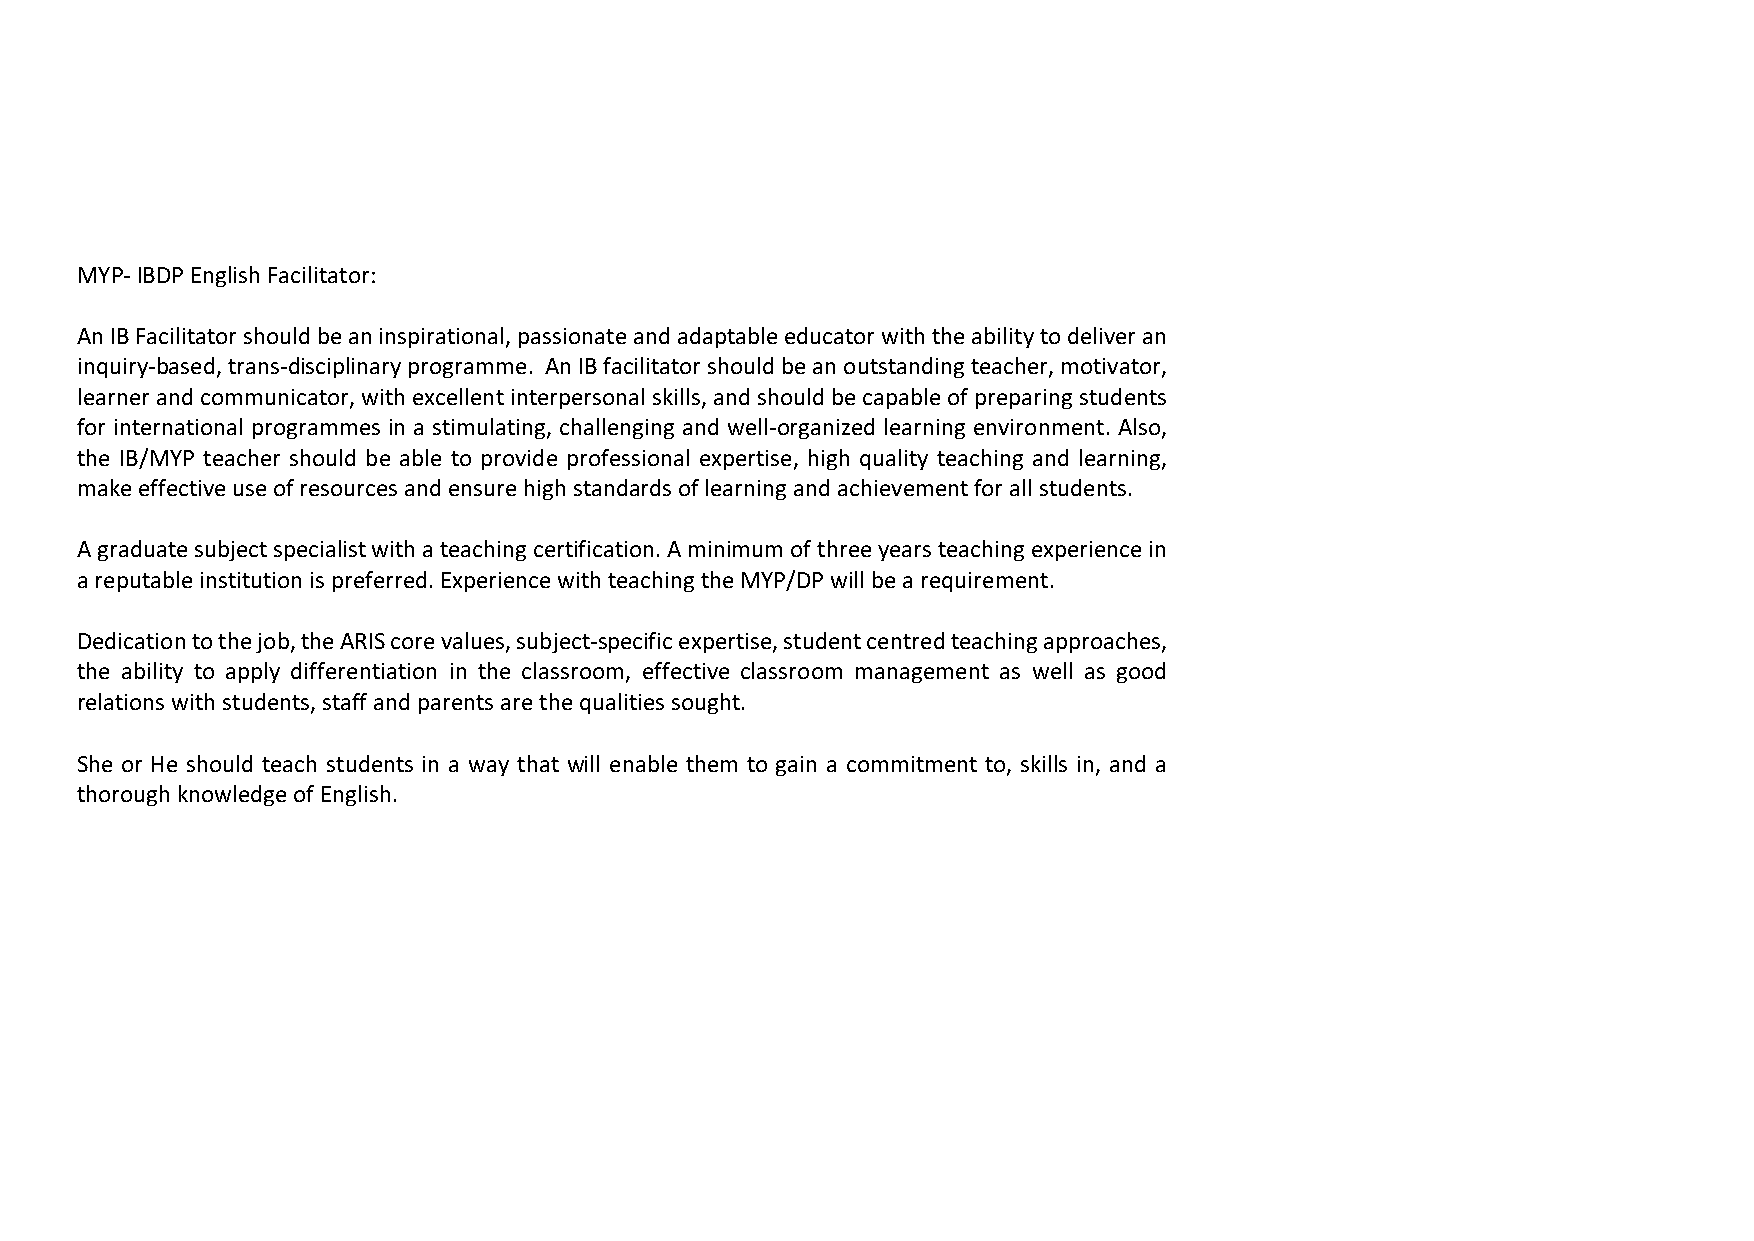
MYP- IBDP English Facilitator:
 An IB Facilitator should be an inspirational, passionate and adaptable educator with the ability to deliver an
 inquiry-based, trans-disciplinary programme. An IB facilitator should be an outstanding teacher, motivator,
 learner and communicator, with excellent interpersonal skills, and should be capable of preparing students
 for international programmes in a stimulating, challenging and well-organized learning environment. Also,
 the IB/MYP teacher should be able to provide professional expertise, high quality teaching and learning,
 make effective use of resources and ensure high standards of learning and achievement for all students.
 A graduate subject specialist with a teaching certification. A minimum of three years teaching experience in
 a reputable institution is preferred. Experience with teaching the MYP/DP will be a requirement.
 Dedication to the job, the ARIS core values, subject-specific expertise, student centred teaching approaches,
 the ability to apply differentiation in the classroom, effective classroom management as well as good
 relations with students, staff and parents are the qualities sought.
 She or He should teach students in a way that will enable them to gain a commitment to, skills in, and a
 thorough knowledge of English.